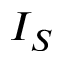
I _ { S }